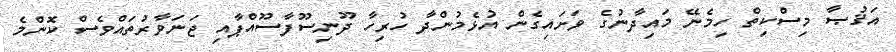
އަޤުޞާ މިސްކިތް ހިމެނޭ މައިދާނުގެ ވަށައިގެން އުޅެމުންދާ ހުރިހާ ދޫނިސޫފާސޫއްޕާއި ޖަނަވާރުތައްވެސް ކޮންމެ